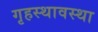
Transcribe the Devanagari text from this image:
गृहस्थावस्था